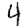
Digit: 4